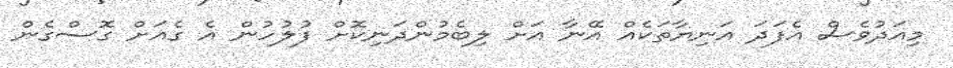
މިއަދުވެސް އެފަދަ އަނިޔާތަކެއް އޭނާ އަށް ލިބެމުންދަނިކޮށް ފުލުހުން އެ ގެއަށް ގޮސްގެން